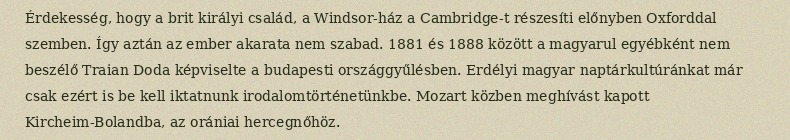
Érdekesség, hogy a brit királyi család, a Windsor-ház a Cambridge-t részesíti előnyben Oxforddal szemben. Így aztán az ember akarata nem szabad. 1881 és 1888 között a magyarul egyébként nem beszélő Traian Doda képviselte a budapesti országgyűlésben. Erdélyi magyar naptárkultúránkat már csak ezért is be kell iktatnunk irodalomtörténetünkbe. Mozart közben meghívást kapott Kircheim-Bolandba, az orániai hercegnőhöz.